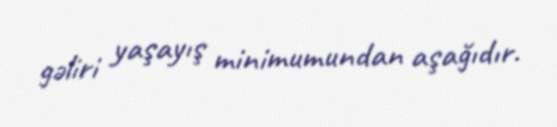
gəliri yaşayış minimumundan aşağıdır.